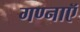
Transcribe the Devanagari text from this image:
गण्नाऍ